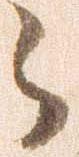
々